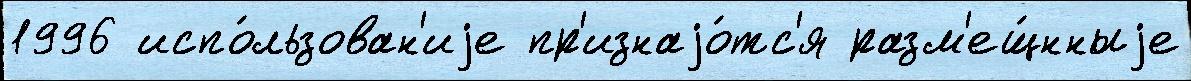
1996 испо́льзован'иjе пр'изнаjо́тс'я разм'ещ́нныjе